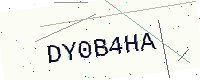
Text: DY0B4HA